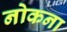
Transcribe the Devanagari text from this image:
नोकना